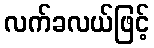
လက်ခလယ်ဖြင့်